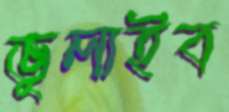
ভুলাইব